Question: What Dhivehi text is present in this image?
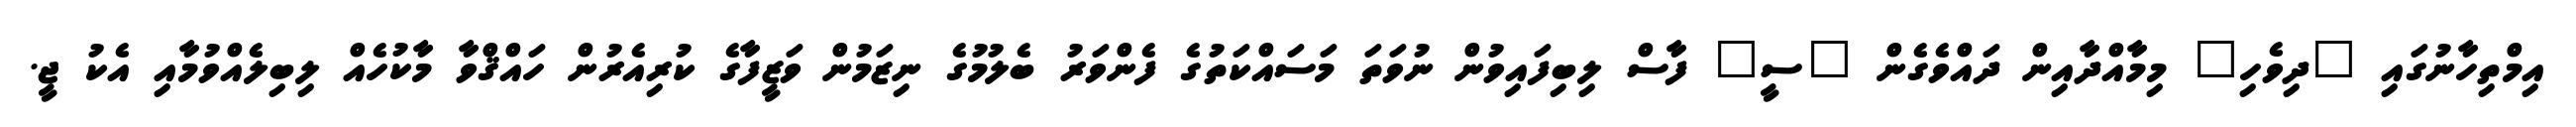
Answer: އިމްތިހާނުގައި "ދިވެހި" މިމާއްދާއިން ދައްވެގެން "ސީ" ފާސް ލިބިފައިވުން ނުވަތަ މަސައްކަތުގެ ފެންވަރު ބެލުމުގެ ނިޒަމުން ވަޒީފާގެ ކުރިއެރުން ހައްޤްވާ މާކުހެއް ލިބިލެއްވުމާއި އެކު ޖީ.